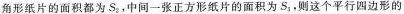
角形纸片的面积都为S_{2}。中间一张正方形纸片的面积为S_{3}，则这个平行四边形的